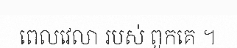
ពេលវេលា របស់ ពួកគេ ។